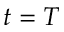
t = T